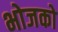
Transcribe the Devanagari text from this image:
भोजको